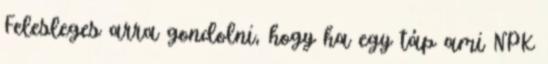
Felesleges arra gondolni, hogy ha egy táp ami NPK